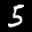
Label: 5